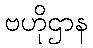
ဗဟိုဌာန